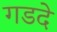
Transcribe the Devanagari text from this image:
गडदे